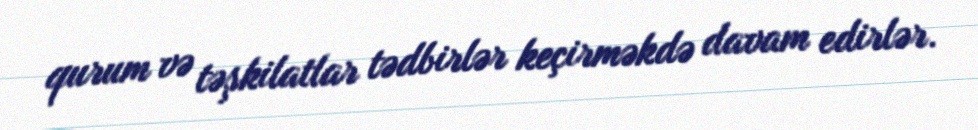
qurum və təşkilatlar tədbirlər keçirməkdə davam edirlər.